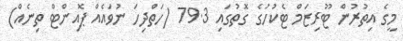
މީގެ އިތުރުން ޓޫރިޒަމް ޓެކުހުގެ ގޮތުގައި 79.3 (ހަތްދިހަ ނުވައެއް ޕޮއިންޓް ތިނެއް)